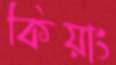
কিয়াং